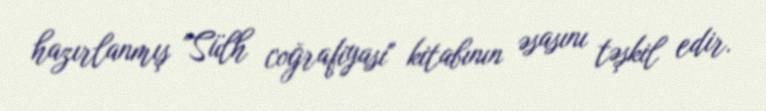
hazırlanmış "Sülh coğrafiyası" kitabının əsasını təşkil edir.